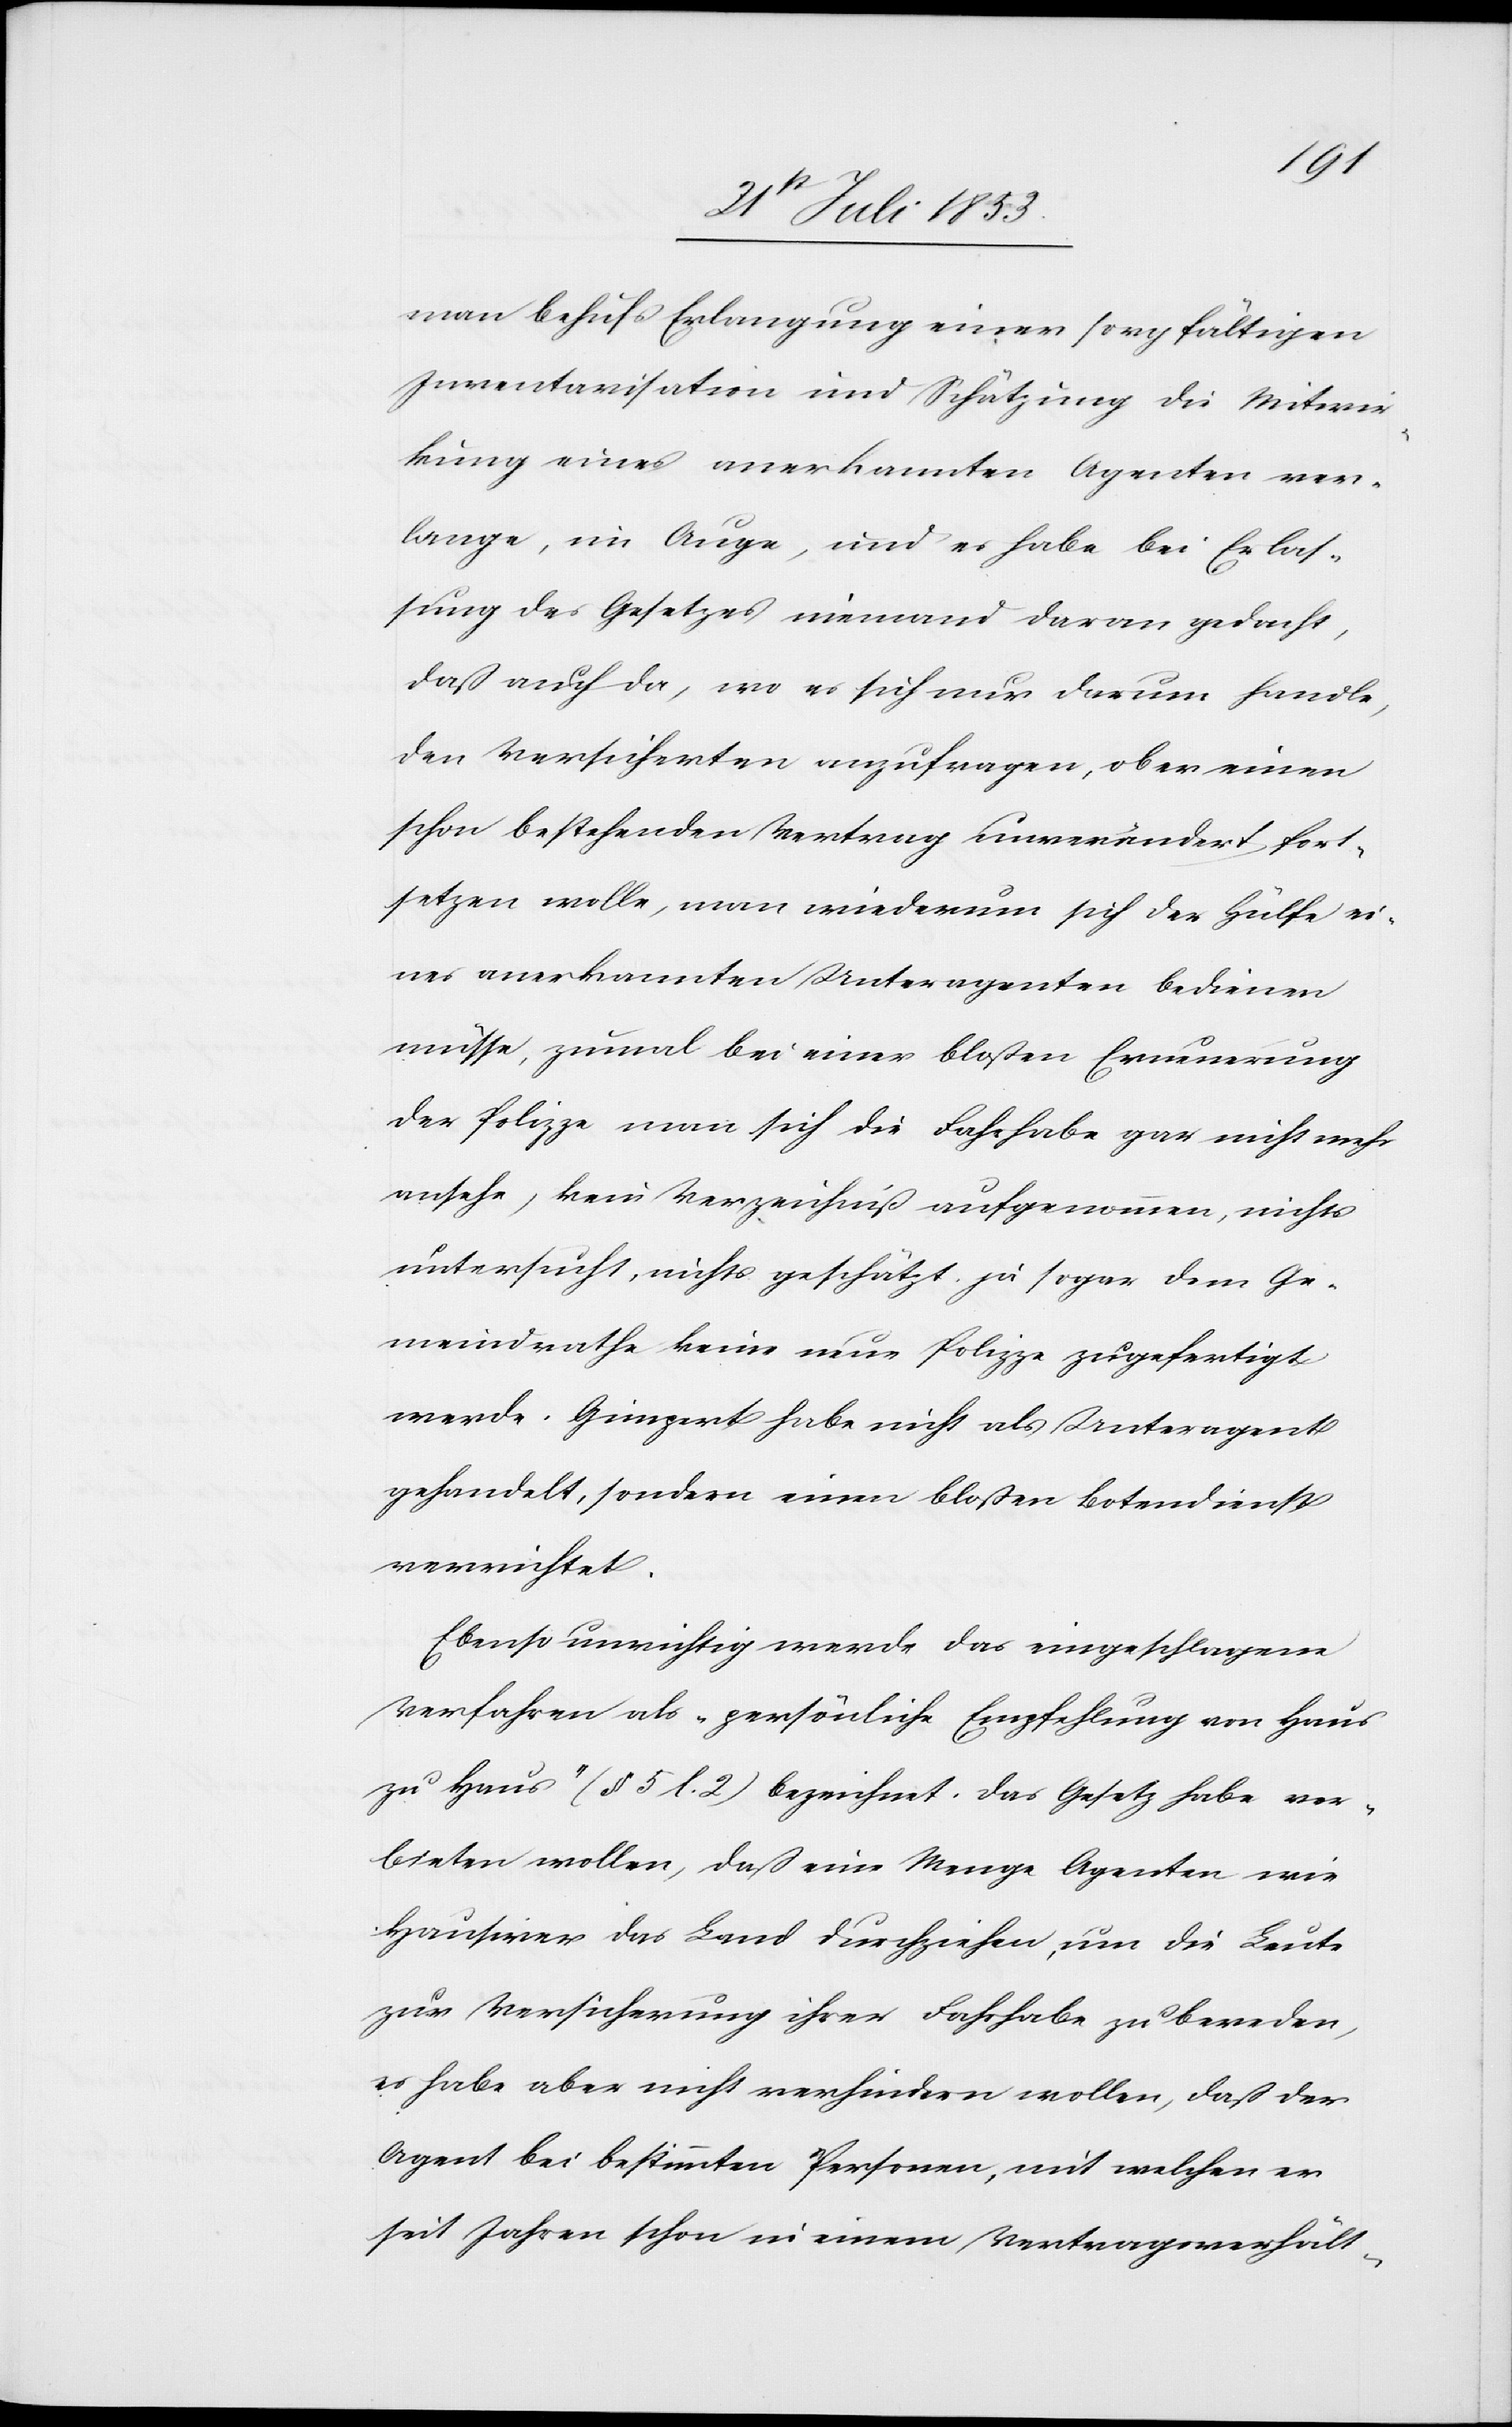
man behufs Erlangung einer sorgfältigen
Inventarisation und Schätzung die Mitwir¬
kung eines anerkannten Agenten ver¬
lange, im Auge, und es habe bei Erlas¬
sung des Gesetzes niemand daran gedacht,
daß auch da, wo es sich nur darum handle,
den Versicherten anzufragen, ob er einen
schon bestehenden Vertrag unverändert fort¬
setzen wolle, man wiederum sich der Hülfe ei¬
nes anerkannten Unteragenten bedienen
müsse, zumal bei einer bloßen Erneuerung
der Polizze man sich die Fahrhabe gar nicht mehr
ansehe, kein Verzeichniß aufgenommen, nichts
untersucht, nichts geschätzt ja sogar dem Ge¬
meindrathe keine neue Polizze zugefertigt
werde. Gimpert haben nicht als Unteragent
gehandelt, sondern einen bloßen Botendienst
verrichtet.
Ebenso unwichtig werde das eingeschlagene
Verfahren als „persönliche Empfehlung von Haus
zu Haus“ (§ 5 l. 2) bezeichnet. Das Gesetz habe ver¬
bieten wollen, daß eine Menge Agenten wie
Hausirer das Land durchziehen, um die Leute
zur Versicherung ihrer Fahrhabe zu bereden,
es habe aber nicht verhindern wollen, daß der
Agent bei bestimmten Personen, mit welchen er
seit Jahren schon in einem Vertragsverhält-